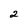
Character: 2